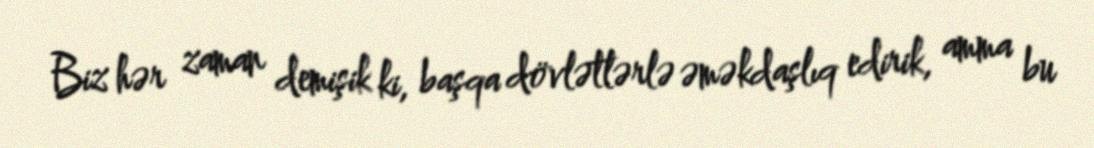
Biz hər zaman demişik ki, başqa dövlətlərlə əməkdaşlıq edirik, amma bu